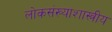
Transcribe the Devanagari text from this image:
लोकसंख्याशास्त्रीय